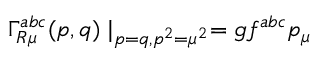
\Gamma _ { R \mu } ^ { a b c } ( p , q ) \mid _ { p = q , p ^ { 2 } = \mu ^ { 2 } } = g f ^ { a b c } p _ { \mu }